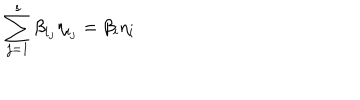
LaTeX: \sum _ { j = 1 } ^ { s } \beta _ { i _ { j } } \eta _ { i _ { j } } = \beta _ { i } \eta _ { i }